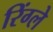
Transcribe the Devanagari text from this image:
रिंग्ले